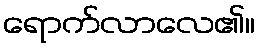
ရောက်လာလေ၏။